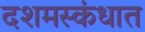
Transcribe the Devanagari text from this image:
दशमस्कंधात